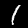
Digit: 1